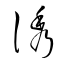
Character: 誘